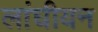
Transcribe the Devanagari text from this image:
लांघीयन